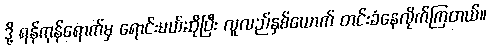
ဒို့ ရန်ကုန်ရောက်မှ ရောင်းမယ်ဆိုပြီး လူလည်နှစ်ယောက် တင်းခံနေလိုက်ကြတယ်။